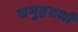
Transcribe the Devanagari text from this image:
समुद्रतलों